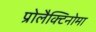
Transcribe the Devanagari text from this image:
प्रोलैक्टिनोमा